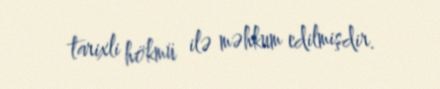
tarixli hökmü ilə məhkum edilmişdir.